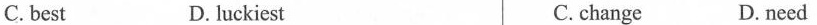
C. best D. luckiest C. change D. need